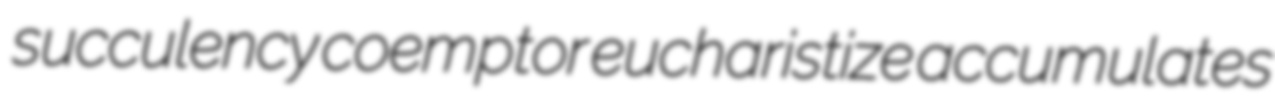
succulency coemptor eucharistize accumulates